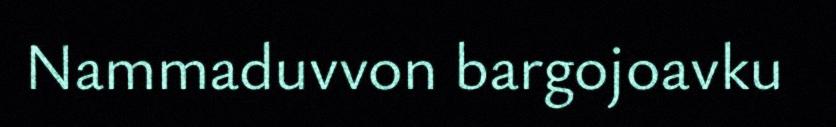
Nammaduvvon bargojoavku